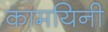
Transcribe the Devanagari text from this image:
कामयिनी